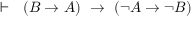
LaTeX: \vdash \ \ \left( B \rightarrow A \right) \ \rightarrow \ \left( \lnot A \rightarrow \lnot B \right)